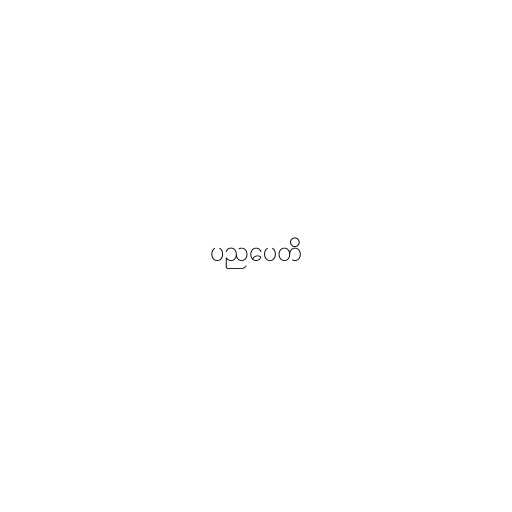
ပညပေတိ